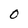
Character: 0